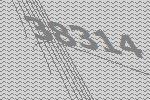
38314